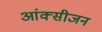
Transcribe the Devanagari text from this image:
आंक्सीजन